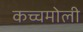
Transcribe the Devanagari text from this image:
कच्चमोली